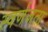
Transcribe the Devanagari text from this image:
स्वर्णजता